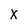
Character: x